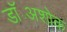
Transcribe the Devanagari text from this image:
डॉ॰अशोक